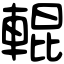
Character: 輥